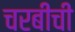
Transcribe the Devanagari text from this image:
चरबीची